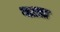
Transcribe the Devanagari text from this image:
गाय़ा